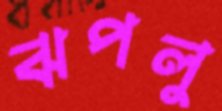
ঝপলু